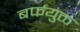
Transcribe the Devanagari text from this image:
बर्फयुक्त